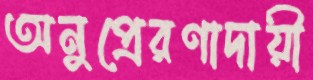
অনুপ্রেরণাদায়ী